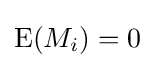
{\text{E}}(M_{i})=0